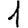
Digit: 1